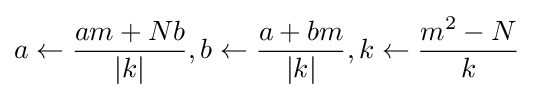
a\leftarrow {\frac {am+Nb}{|k|}},b\leftarrow {\frac {a+bm}{|k|}},k\leftarrow {\frac {m^{2}-N}{k}}